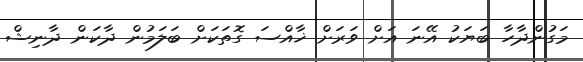
މަގުންދާހާ ބަޔަކު އޭނަ އަށް ވަރަށް ޚާއްސަ ގޮތަކަށް ބަލަމުން ދާކަން ދާނިޝް